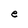
Character: e